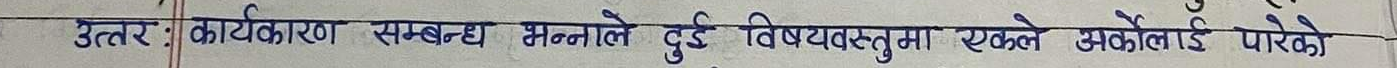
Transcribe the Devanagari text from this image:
उत्तर : कार्यकारण सम्बन्ध भन्नाले दुई विषयवस्तुमा एकले अर्कोलाई पारेको